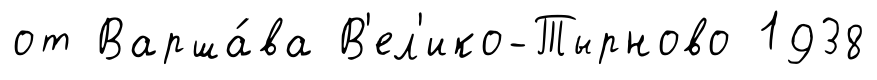
от Варша́ва В'ел'ико-Тырново 1938